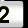
Digit: 2